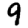
Digit: 9